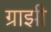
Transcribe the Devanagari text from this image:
ग्राझी